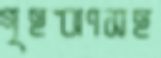
গৃহঋণসহ